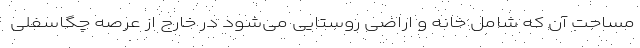
مساحت آن که شامل خانه و اراضی روستایی می‌شود در خارج از عرصه چگاسفلی